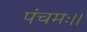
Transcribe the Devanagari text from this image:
पंचमः।।